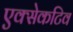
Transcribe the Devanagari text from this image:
एक्सेकटिव